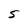
Character: 5